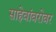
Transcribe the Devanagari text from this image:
साहेबांबरोबर